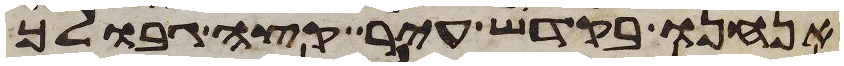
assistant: אנחנו בקדש עיר קצה גבולך